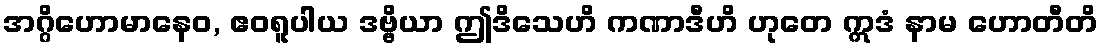
အဂ္ဂိဟောမာနေဝ, ဧဝရူပါယ ဒဗ္ဗိယာ ဤဒိသေဟိ ကဏာဒီဟိ ဟုတေ ဣဒံ နာမ ဟောတီတိ